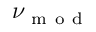
\nu _ { \mathrm { ~ m ~ o ~ d ~ } }